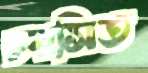
চরসিত